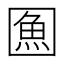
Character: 𭍯